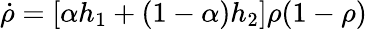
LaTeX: \dot{\rho}=[\alpha h_{1}+(1-\alpha)h_{2}]\rho(1-\rho)